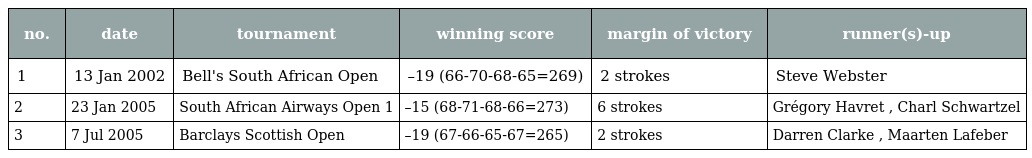
| no. | date | tournament | winning score | margin of victory | runner(s)-up |
 | --- | --- | --- | --- | --- | --- |
 | 1 | 13 Jan 2002 | Bell's South African Open | –19 (66-70-68-65=269) | 2 strokes | Steve Webster |
 | 2 | 23 Jan 2005 | South African Airways Open 1 | –15 (68-71-68-66=273) | 6 strokes | Grégory Havret , Charl Schwartzel |
 | 3 | 7 Jul 2005 | Barclays Scottish Open | –19 (67-66-65-67=265) | 2 strokes | Darren Clarke , Maarten Lafeber |